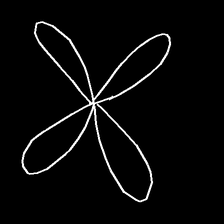
Glyph: billowing